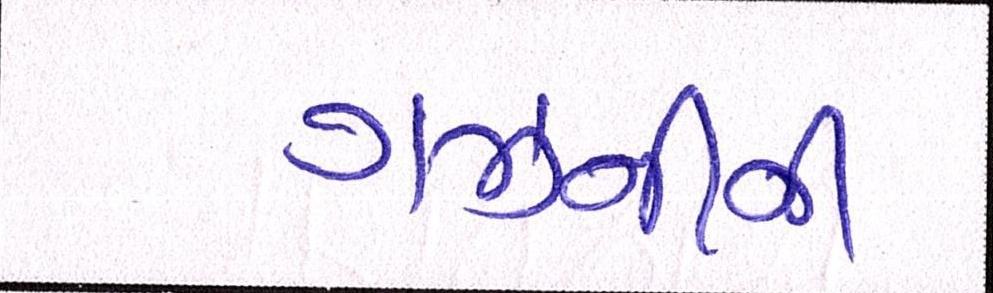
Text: ગઝનીની